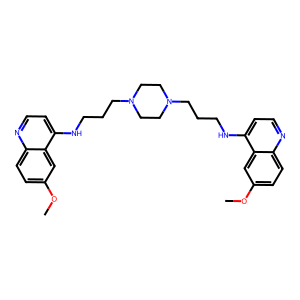
SMILES: COc1ccc2nccc(NCCCN3CCN(CCCNc4ccnc5ccc(OC)cc45)CC3)c2c1
Inhibits HIV replication: No